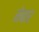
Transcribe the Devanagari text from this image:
नेबार